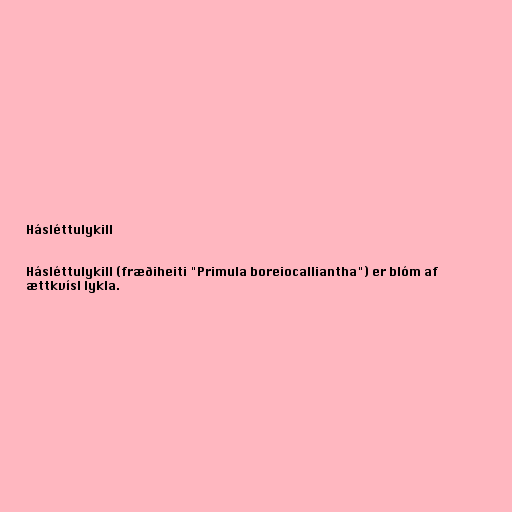
Hásléttulykill

Hásléttulykill (fræðiheiti "Primula boreiocalliantha") er blóm af
ættkvísl lykla.